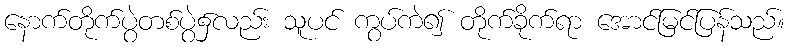
နောက်တိုက်ပွဲတစ်ပွဲ၌လည်း သူပင် ကွပ်ကဲ၍ တိုက်ခိုက်ရာ အောင်မြင်ပြန်သည်။